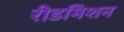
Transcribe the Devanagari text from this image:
रीडमिशन